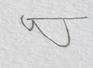
Signature authenticity: forged